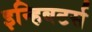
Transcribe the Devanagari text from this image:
इन्हिबटर्स